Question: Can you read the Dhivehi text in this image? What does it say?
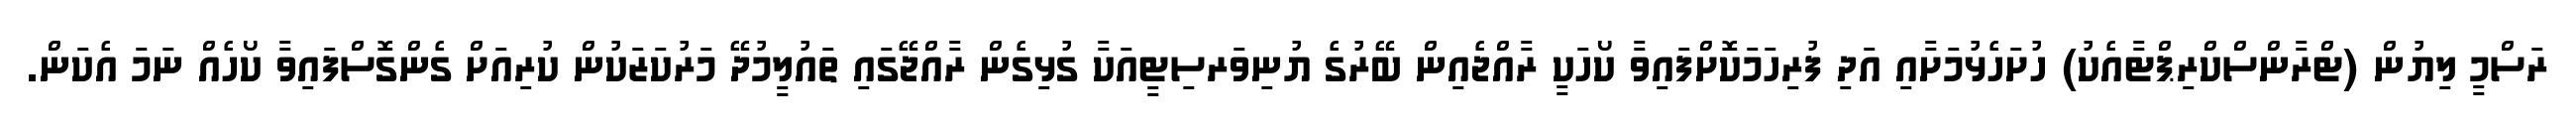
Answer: ރަސްމީ ލިޔުން (ޓްރާންސްކްރިޕްޓާއެކު) ހުށަހެޅުމަށާއި އަދި ފުރިހަމަކޮށްފައިވާ ކޯހަކީ ރާއްޖެއިން ބޭރުގެ ޔުނިވަރސިޓީއަކާ ގުޅިގެން ރާއްޖޭގައި ތައުލީމުދޭ މަރުކަޒަކުން ކުރިއަށް ގެންގޮސްފައިވާ ކޯހެއް ނަމަ އެކަން.